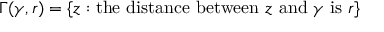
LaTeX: \Gamma ( \gamma , r ) = \{ z : { \mathrm { t h e ~ d i s t a n c e ~ b e t w e e n ~ } } z { \mathrm { ~ a n d ~ } } \gamma { \mathrm { ~ i s ~ } } r \}